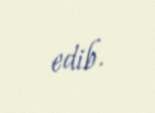
edib.